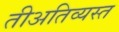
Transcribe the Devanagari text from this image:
तीअतिव्यस्त